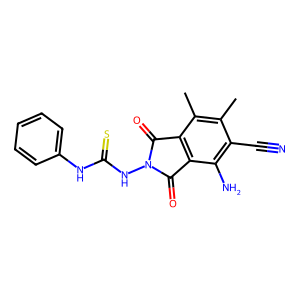
SMILES: Cc1c(C)c2c(c(N)c1C#N)C(=O)N(NC(=S)Nc1ccccc1)C2=O
Inhibits HIV replication: No